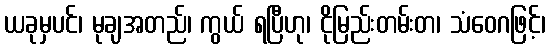
ယခုမှပင်၊ မုချအတည်၊ ကွယ် ရပြီဟု၊ ငိုမြည်းတမ်းတ၊ သံဝေဂဖြင့်၊